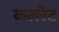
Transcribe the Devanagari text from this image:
कलरेंट